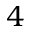
4